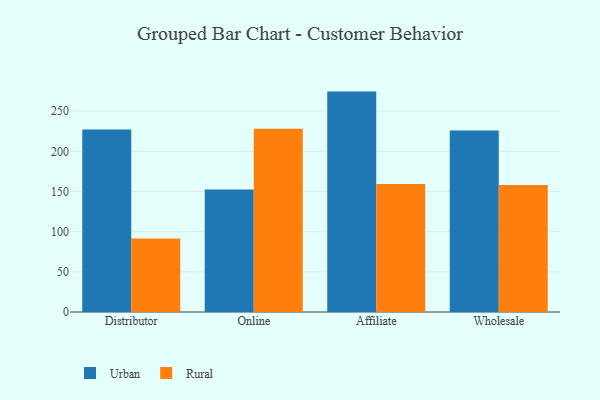
{"axis": {"x": "Channel", "y": "Active Users"}, "legend": ["Rural", "Urban"], "data": [{"x": "Distributor", "y": 227.0, "type": "Urban"}, {"x": "Distributor", "y": 91.6, "type": "Rural"}, {"x": "Online", "y": 152.5, "type": "Urban"}, {"x": "Online", "y": 228.0, "type": "Rural"}, {"x": "Affiliate", "y": 274.3, "type": "Urban"}, {"x": "Affiliate", "y": 159.3, "type": "Rural"}, {"x": "Wholesale", "y": 225.8, "type": "Urban"}, {"x": "Wholesale", "y": 158.1, "type": "Rural"}]}